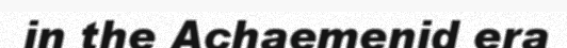
in the Achaemenid era